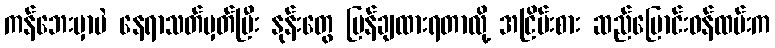
ကန်ဘေးမှာပဲ နေရာသတ်မှတ်ပြီး နုန်းတွေ ပြန်ချထားရတာလို့ အငြိမ်းစား ဆည်မြောင်းဝန်ထမ်းက